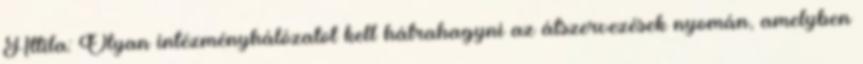
Attila: Olyan intézményhálózatot kell hátrahagyni az átszervezések nyomán, amelyben